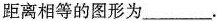
离相等的图形为___。